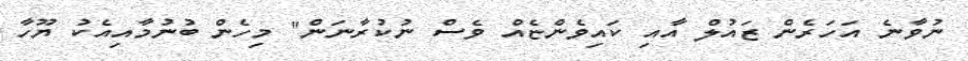
ނުވާނެ އަހަރެން ޒައުލް އާއި ކައިވެންޏެއް ވެސް ނުކުރާނަން" މިހެން ބުނުމާއިއެކު ޔޫހާ